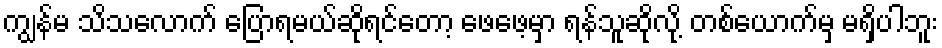
ကျွန်မ သိသလောက် ပြောရမယ်ဆိုရင်တော့ ဖေဖေ့မှာ ရန်သူဆိုလို့ တစ်ယောက်မှ မရှိပါဘူး